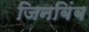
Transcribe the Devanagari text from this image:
जिनबिंब